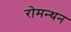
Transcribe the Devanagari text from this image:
रोमन्थन